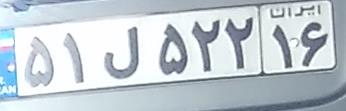
۵۱ل۵۲۲۱۶